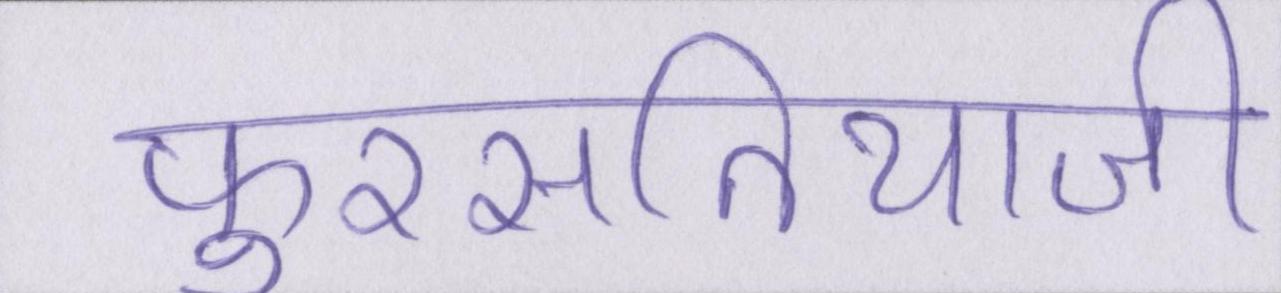
फुरसतियाजी